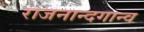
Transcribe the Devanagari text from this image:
राजनान्दगान्व